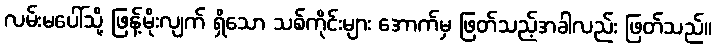
လမ်းမပေါ်သို့ ဖြန့်မိုးလျက် ရှိသော သစ်ကိုင်းများ အောက်မှ ဖြတ်သည့်အခါလည်း ဖြတ်သည်။